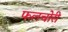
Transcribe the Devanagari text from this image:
फलचोरी